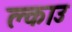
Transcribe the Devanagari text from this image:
क्लाउ